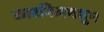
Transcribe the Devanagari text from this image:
कारगिलमधून